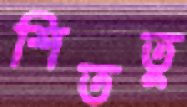
শিততু